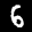
Label: 6